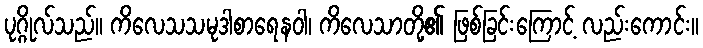
ပုဂ္ဂိုလ်သည်။ ကိလေသသမုဒါစာရေနဝါ၊ ကိလေသာတို့၏ ဖြစ်ခြင်းကြောင့် လည်းကောင်း။